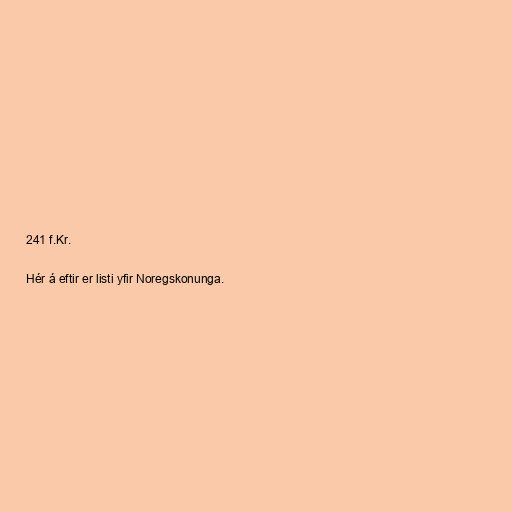
241 f.Kr.

Hér á eftir er listi yfir Noregskonunga.